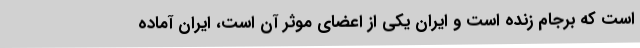
است که برجام زنده است و ایران یکی از اعضای موثر آن است، ایران آماده